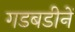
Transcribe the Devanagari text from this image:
गडबडीनें